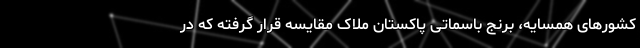
کشورهای همسایه، برنج باسماتی پاکستان ملاک مقایسه قرار گرفته که در